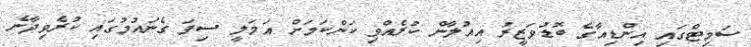
ސަމިޓްގައި އިންޑިއާގެ ބޮޑުވަޒީރު އިއުލާން ކުރެއްވި ކަންކަމަށް އަމަލީ ސިފަ ގެނައުމުގައި ކުރެވިދާނެ